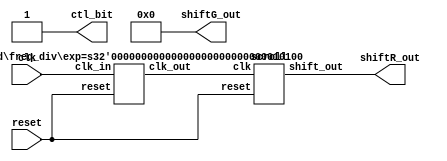
//2
module LAB_01 (clk, reset, shiftR_out, shiftG_out, ctl_bit);
input 	clk;	 	 // pin W16(10MHz)
input 	reset;	   	 // pin C16
output	[7:0]shiftR_out; 
// pin D7, D6, A9, C9, A8, C8, C11, B11
output	[7:0]shiftG_out; 
// pin A10 ,B10 ,A13 ,A12 ,B12 ,D12 ,A15 ,A14
assign shiftG_out =0;
output 	ctl_bit; 	 // pin T22
assign 	ctl_bit= 1'b1;
wire	clk_work;
freq_div	#(20) M1 (clk, reset, clk_work); 
scroll M2 (clk_work, reset, shiftR_out);
endmodule

module freq_div(clk_in, reset, clk_out);
parameter exp = 20;   
input clk_in, reset;
output clk_out;
reg[exp-1:0] divider;
integer i;
assign clk_out= divider[exp-1];
always@ (posedge clk_in or posedge reset)	//
begin
if(reset)
for(i=0; i < exp; i=i+1)
divider[i] = 1'b0;
else
divider = divider+ 1'b1;
end
endmodule

module scroll (clk, reset, shift_out);
input 	clk, reset;
output 	[7:0]shift_out;
wire		[7:0]shift_out;
reg		[8:0]pattern;
assign  	shift_out= pattern[7:0];
always@ (posedge clk or posedge reset)
begin
if(reset)
pattern = 9'b0_1100_0000;
else 
case(pattern)
9'b0_11000000:pattern = 9'b0_01100000;  
9'b0_01100000:pattern = 9'b0_00110000;
9'b0_00110000:pattern = 9'b0_00011000;  
9'b0_00011000:pattern = 9'b0_00001100;
9'b0_00001100:pattern = 9'b0_00000110;  
9'b0_00000110:pattern = 9'b0_00000011;
9'b0_00000011:pattern = 9'b1_00000110;  
9'b1_00000110:pattern = 9'b1_00001100;
9'b1_00001100:pattern = 9'b1_00011000;  
9'b1_00011000:pattern = 9'b1_00110000;
9'b1_00110000:pattern = 9'b1_01100000;  
9'b1_01100000:pattern = 9'b1_11000000;
9'b1_11000000:pattern = 9'b0_11000000;
default:pattern = 9'b0_11000000;endcase
end
endmodule